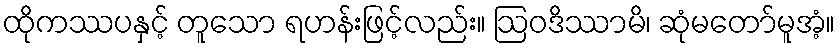
ထိုကဿပနှင့် တူသော ရဟန်းဖြင့်လည်း။ ဩဝဒိဿာမိ၊ ဆုံမတော်မူအံ့။